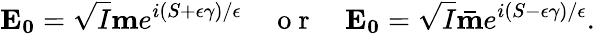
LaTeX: \mathbf{E_{0}}=\sqrt{I}\mathbf{m}e^{i(S+\epsilon\gamma)/\epsilon}\quad\mathrm{~o~r~}\quad\mathbf{E_{0}}=\sqrt{I}\mathbf{\bar{m}}e^{i(S-\epsilon\gamma)/\epsilon}.